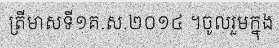
ត្រីមាសទី១គ.ស.២០១៤ ។ចូលរួមក្នុង